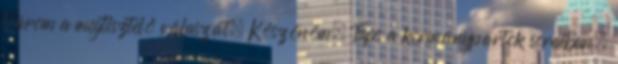
Várom a megtisztelő válaszát. Köszönöm. Taps a kormánypártok soraiban.